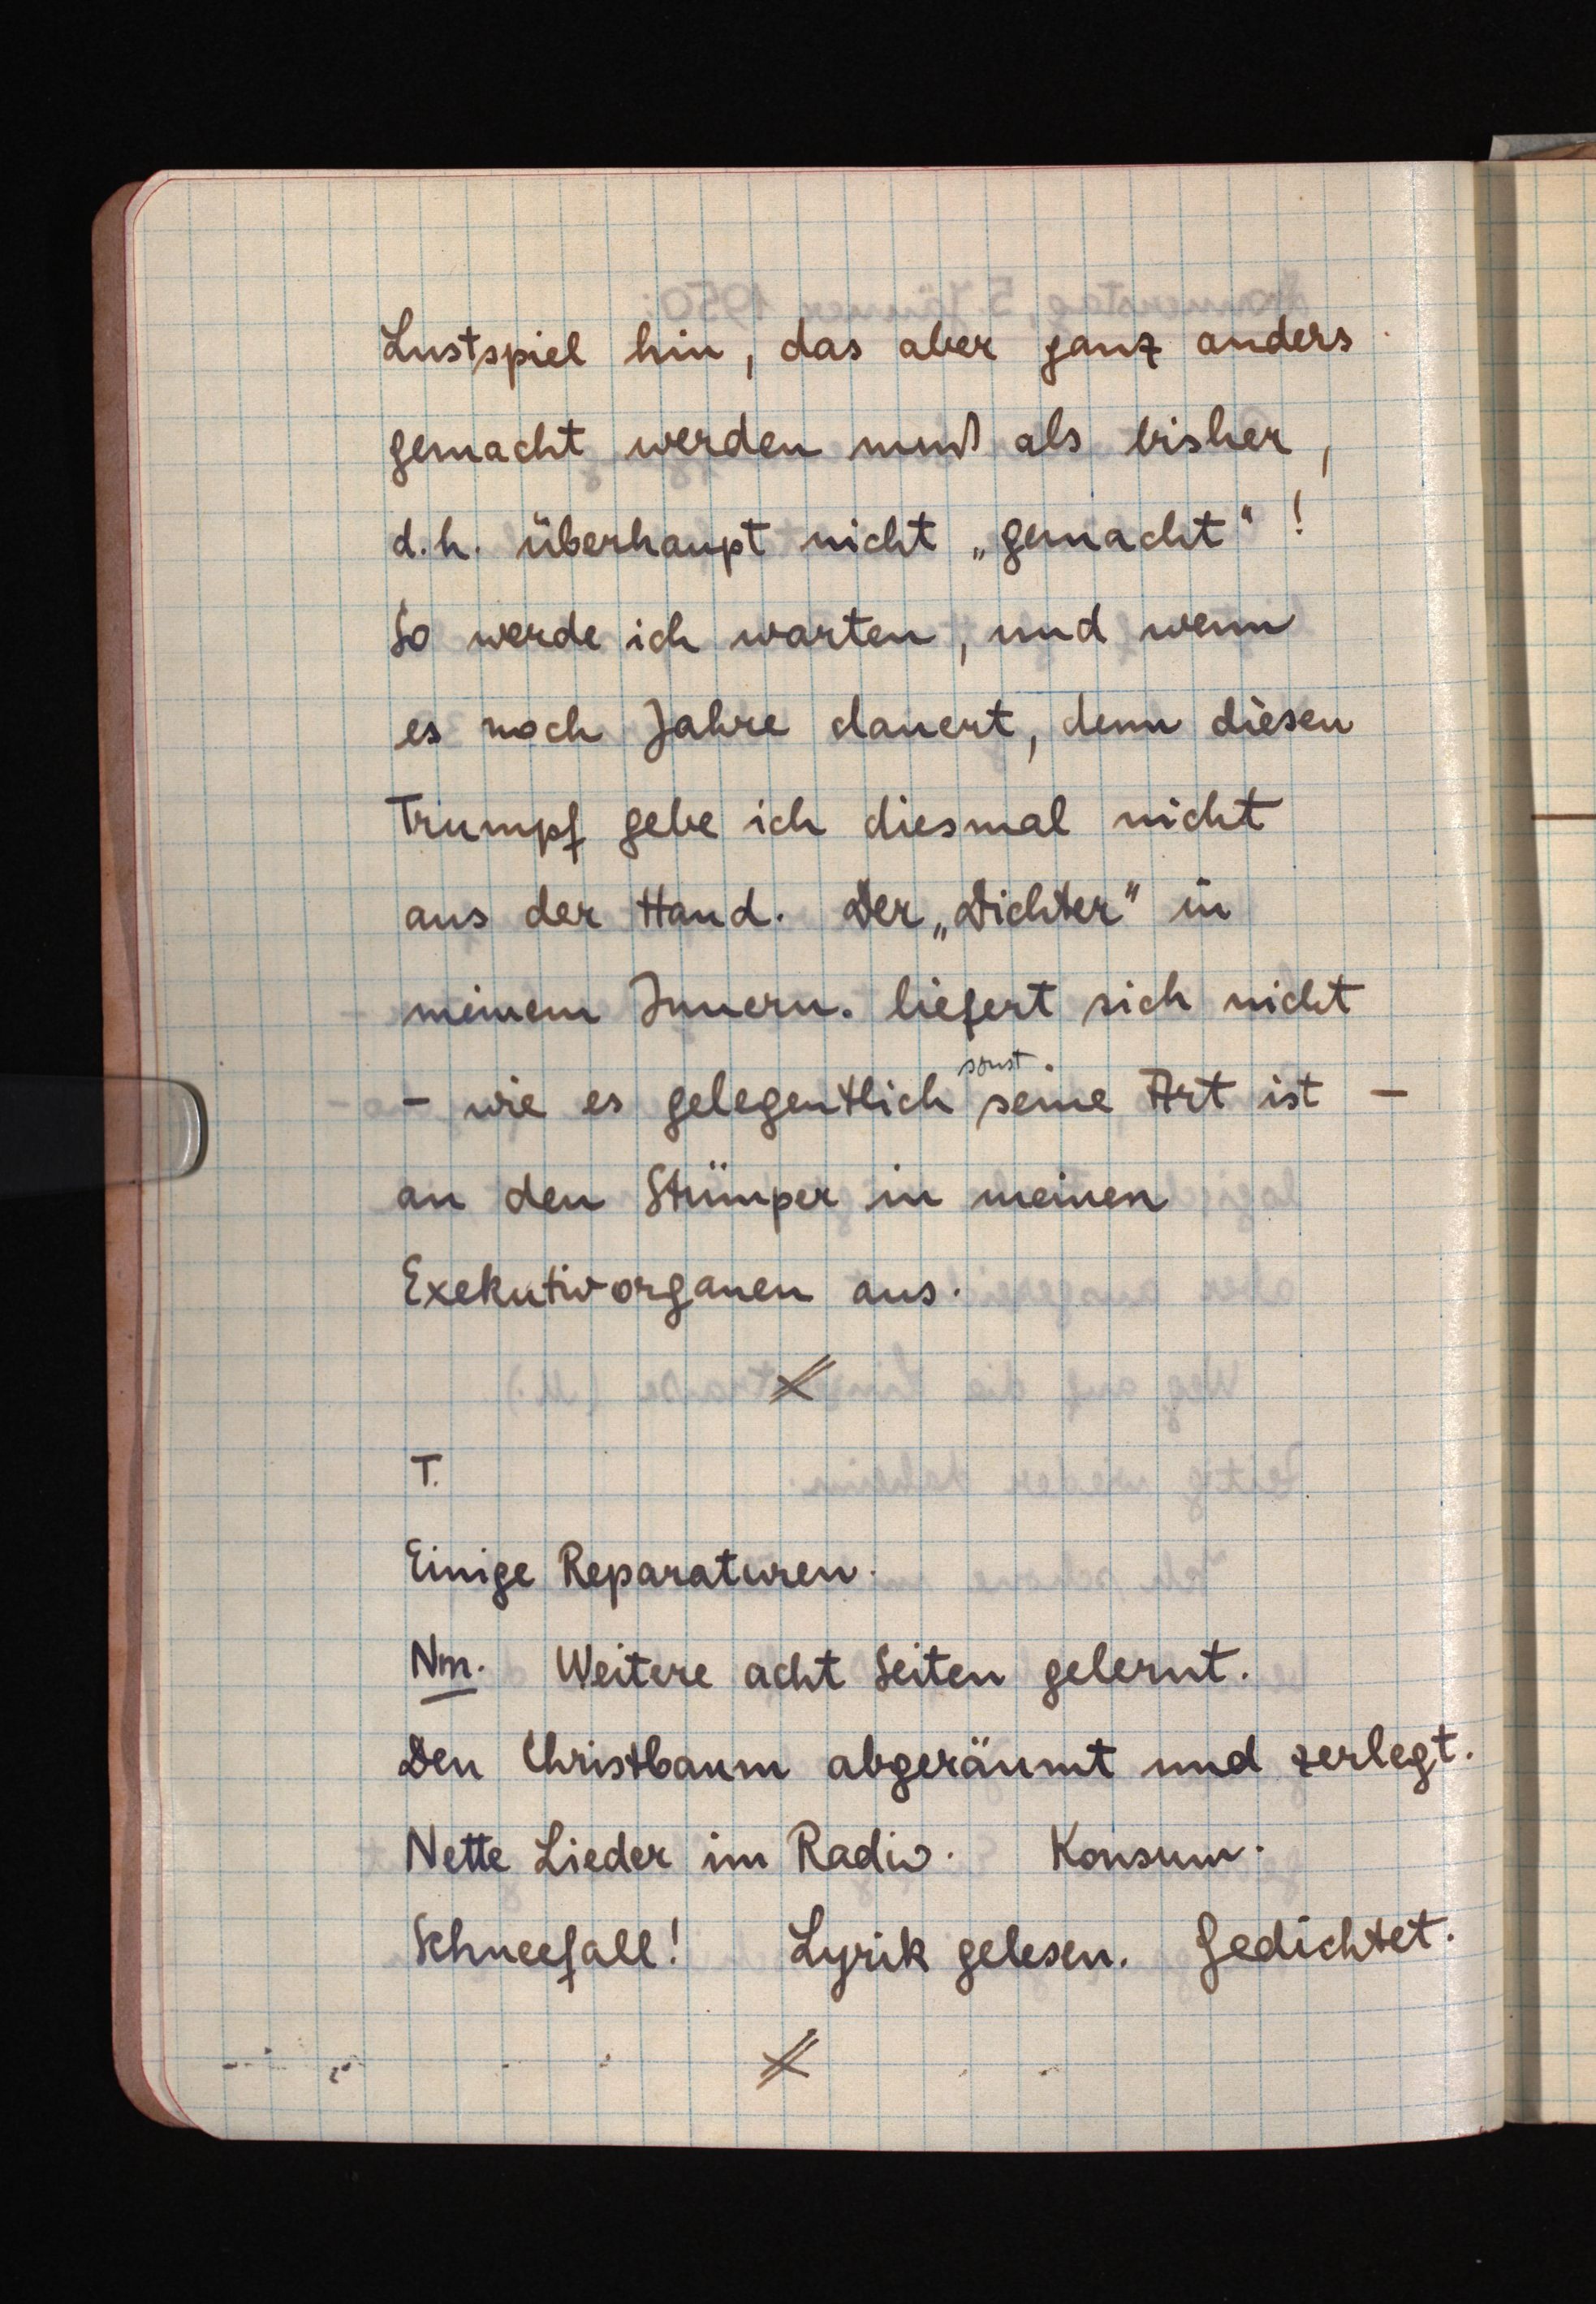
Lustspiel hin, das aber ganz anders
gemacht werden muß als bisher,
d.h. überhaupt nicht "gemacht"!
So werde ich warten, und wenn
es noch Jahre dauert, denn diesen
Trumpf gebe ich diesmal nicht
aus der Hand. Der "Dichter" in
meinem Innern liefert sich nicht
sonst
- wie es gelegentlich seine Art ist -
an den Stümper in meinen
Exekutivorganen aus.
T.
Einige Reparaturen.
Nm. Weitere acht Seiten gelernt.
Den Christbaum abgeräumt und zerlegt.
Nette Lieder im Radio. Konsum.
Schneefall! Lyrik gelesen. Gedichtet.